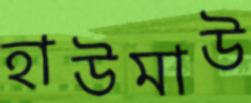
হাউমাউ